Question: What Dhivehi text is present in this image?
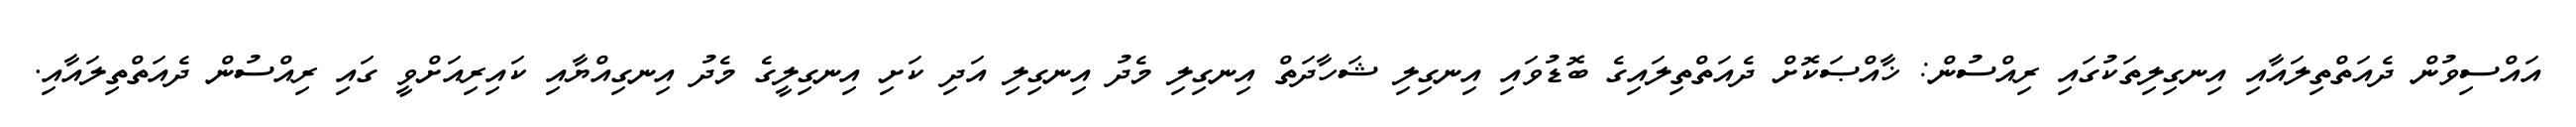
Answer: އައްސިވުން ދެއަތްތިލައާއި އިނގިލިތަކުގައި ރިއްސުން: ޚާއްޞަކޮށް ދެއަތްތިލައިގެ ބޮޑުވައި އިނގިލި ޝަހާދަތް އިނގިލި މެދު އިނގިލި އަދި ކަށި އިނގިލީގެ މެދު އިނގިއްޔާއި ކައިރިއަށްވީ ގައި ރިއްސުން ދެއަތްތިލައާއި.